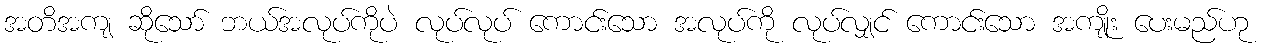
အတိအကျ ဆိုသော် ဘယ်အလုပ်ကိုပဲ လုပ်လုပ် ကောင်းသော အလုပ်ကို လုပ်လျှင် ကောင်းသော အကျိုး ပေးမည်ဟု